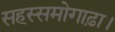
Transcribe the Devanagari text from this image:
सहस्समोगाढ़ा।